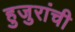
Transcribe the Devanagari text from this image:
हुजुरांची